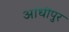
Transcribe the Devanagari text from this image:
आंधीपुर